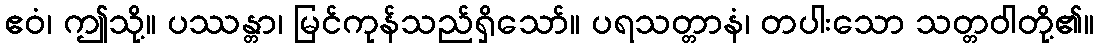
ဧဝံ၊ ဤသို့။ ပဿန္တာ၊ မြင်ကုန်သည်ရှိသော်။ ပရသတ္တာနံ၊ တပါးသော သတ္တဝါတို့၏။